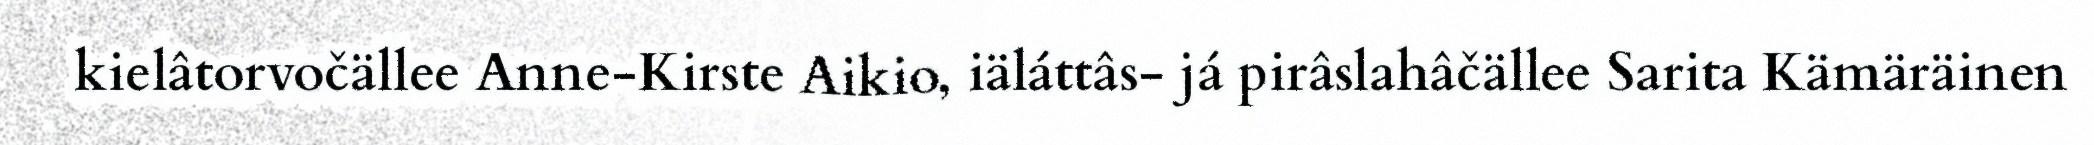
kielâtorvočällee Anne-Kirste Aikio, iäláttâs- já pirâslahâčällee Sarita Kämäräinen